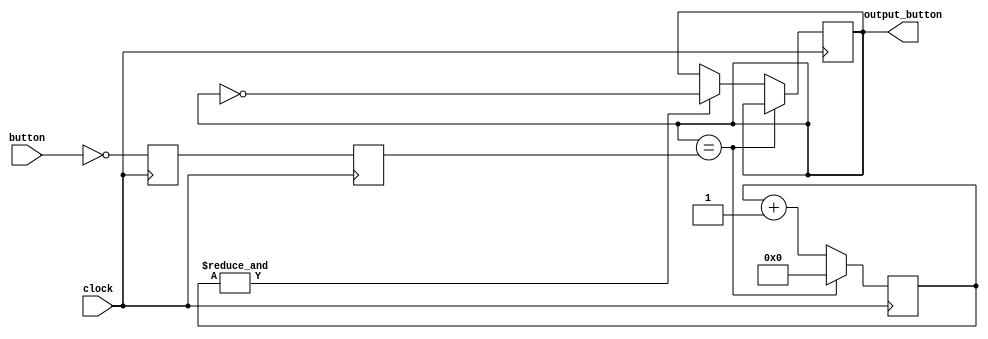
module Debouncer (
    clock,
    button,
    output_button
);

input clock;
input button;

output reg output_button;

// First use two flip-flops to synchronize
// the button signal the input clock domain
reg button_sync0;
reg button_sync1;

// Invert PB to make button_sync0 active high
always @(posedge clock) begin
    button_sync0 <= ~button;
end

always @(posedge clock) begin
    button_sync1 <= button_sync0;
end

// Next declare a 17 bits counter
reg [16:0] counter;

// When the push-button is pushed or released, we increment the counter

// The counter has to be maxed out before we decide that
// the push-button state has changed

wire button_idle = (output_button == button_sync1);
wire counter_max = &counter; // True when all bits of counter are 1's

always @(posedge clock) begin
    if (button_idle) begin
        counter <= 0; // Nothing's going on
    end else begin
        // Something's going on, increment the counter
        counter <= counter + 17'd1;

        if (counter_max) begin
            // If the counter is maxed out, the button changed
            output_button <= ~output_button;
        end
    end
end

endmodule